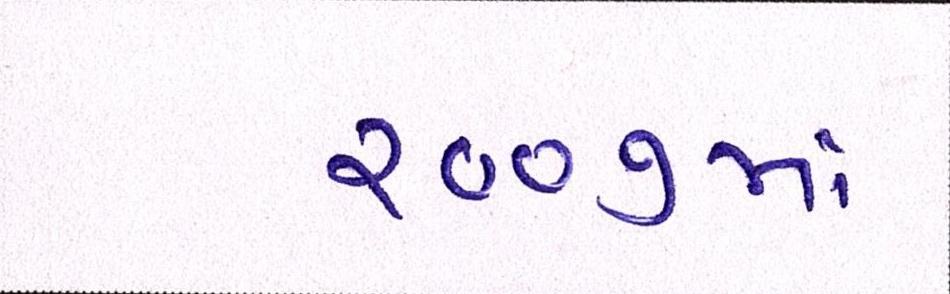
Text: ૨૦૦૭માં